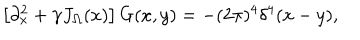
\left[ \partial _ { x } ^ { 2 } + \gamma J _ { \Omega } ( x ) \right] G ( x , y ) = - ( 2 \pi ) ^ { 4 } \delta ^ { 4 } ( x - y ) ,